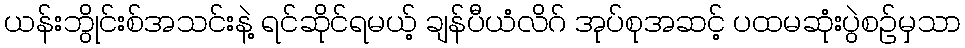
ယန်းဘွိုင်းစ်အသင်းနဲ့ ရင်ဆိုင်ရမယ့် ချန်ပီယံလိဂ် အုပ်စုအဆင့် ပထမဆုံးပွဲစဉ်မှသာ